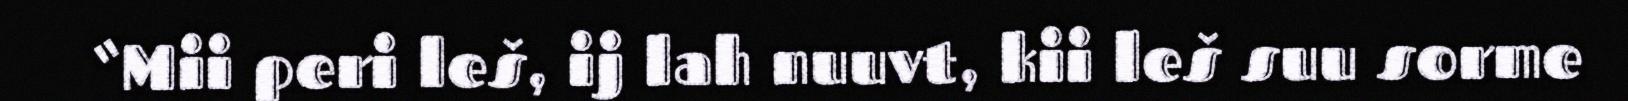
“Mii peri leš, ij lah nuuvt, kii leš suu sorme